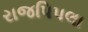
રાજપિપલા